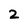
Character: 2